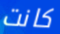
كانت